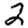
Digit: 2